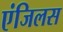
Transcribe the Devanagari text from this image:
एंजिलस